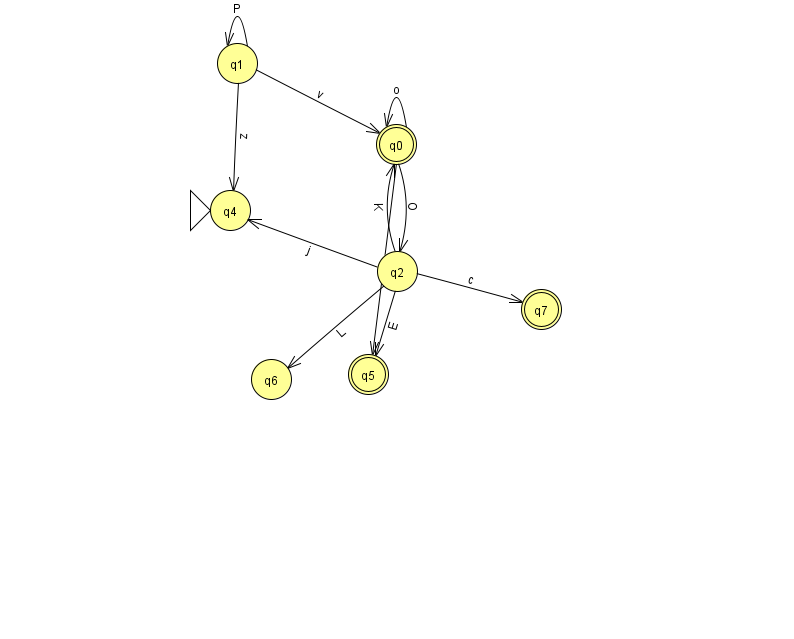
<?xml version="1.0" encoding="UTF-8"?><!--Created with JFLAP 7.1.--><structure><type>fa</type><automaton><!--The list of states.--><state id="0" name="q0"><x>396.0</x><y>131.0</y><final/></state><state id="1" name="q1"><x>237.0</x><y>50.0</y></state><state id="2" name="q2"><x>397.0</x><y>258.0</y></state><state id="4" name="q4"><x>230.0</x><y>197.0</y><initial/></state><state id="5" name="q5"><x>368.0</x><y>361.0</y><final/></state><state id="6" name="q6"><x>271.0</x><y>366.0</y></state><state id="7" name="q7"><x>541.0</x><y>296.0</y><final/></state><!--The list of transitions.--><transition><from>1</from><to>1</to><read>P</read></transition><transition><from>0</from><to>2</to><read>O</read></transition><transition><from>1</from><to>4</to><read>z</read></transition><transition><from>2</from><to>4</to><read>j</read></transition><transition><from>2</from><to>6</to><read>L</read></transition><transition><from>2</from><to>5</to><read>E</read></transition><transition><from>2</from><to>0</to><read>K</read></transition><transition><from>2</from><to>7</to><read>c</read></transition><transition><from>0</from><to>5</to><read>J</read></transition><transition><from>1</from><to>0</to><read>v</read></transition><transition><from>0</from><to>0</to><read>o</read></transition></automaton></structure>